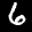
Label: 6